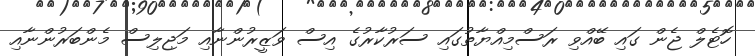
ހޮޓެލް ޖެން ގައި ބޭއްވި ރަސްމިއްޔާތުގައި ސަރުކާރުގެ އިސް ވަޒީރުންނާއި މަޖިލިސް މެންބަރުންނާއި